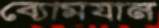
ব্যোমযান